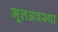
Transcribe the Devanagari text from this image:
मूलअवस्था